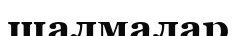
шалмалар